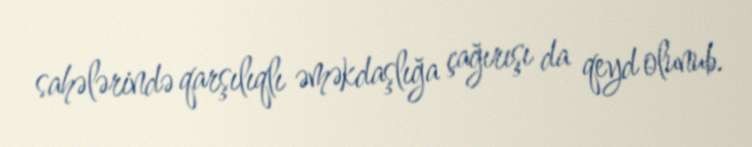
sahələrində qarşılıqlı əməkdaşlığa çağırışı da qeyd olunub.